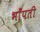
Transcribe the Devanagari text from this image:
भाँपती